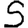
Digit: 5